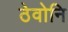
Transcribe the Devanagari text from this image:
ठेवोनि